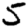
Digit: 5